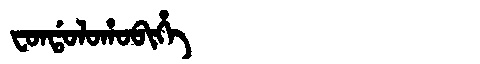
Manchu: ᠸᠣᠨᡩᠣᠯᠣᡥᠣᠪᡳᡥᡝ
Romanization: FONDOLOHOBIHE